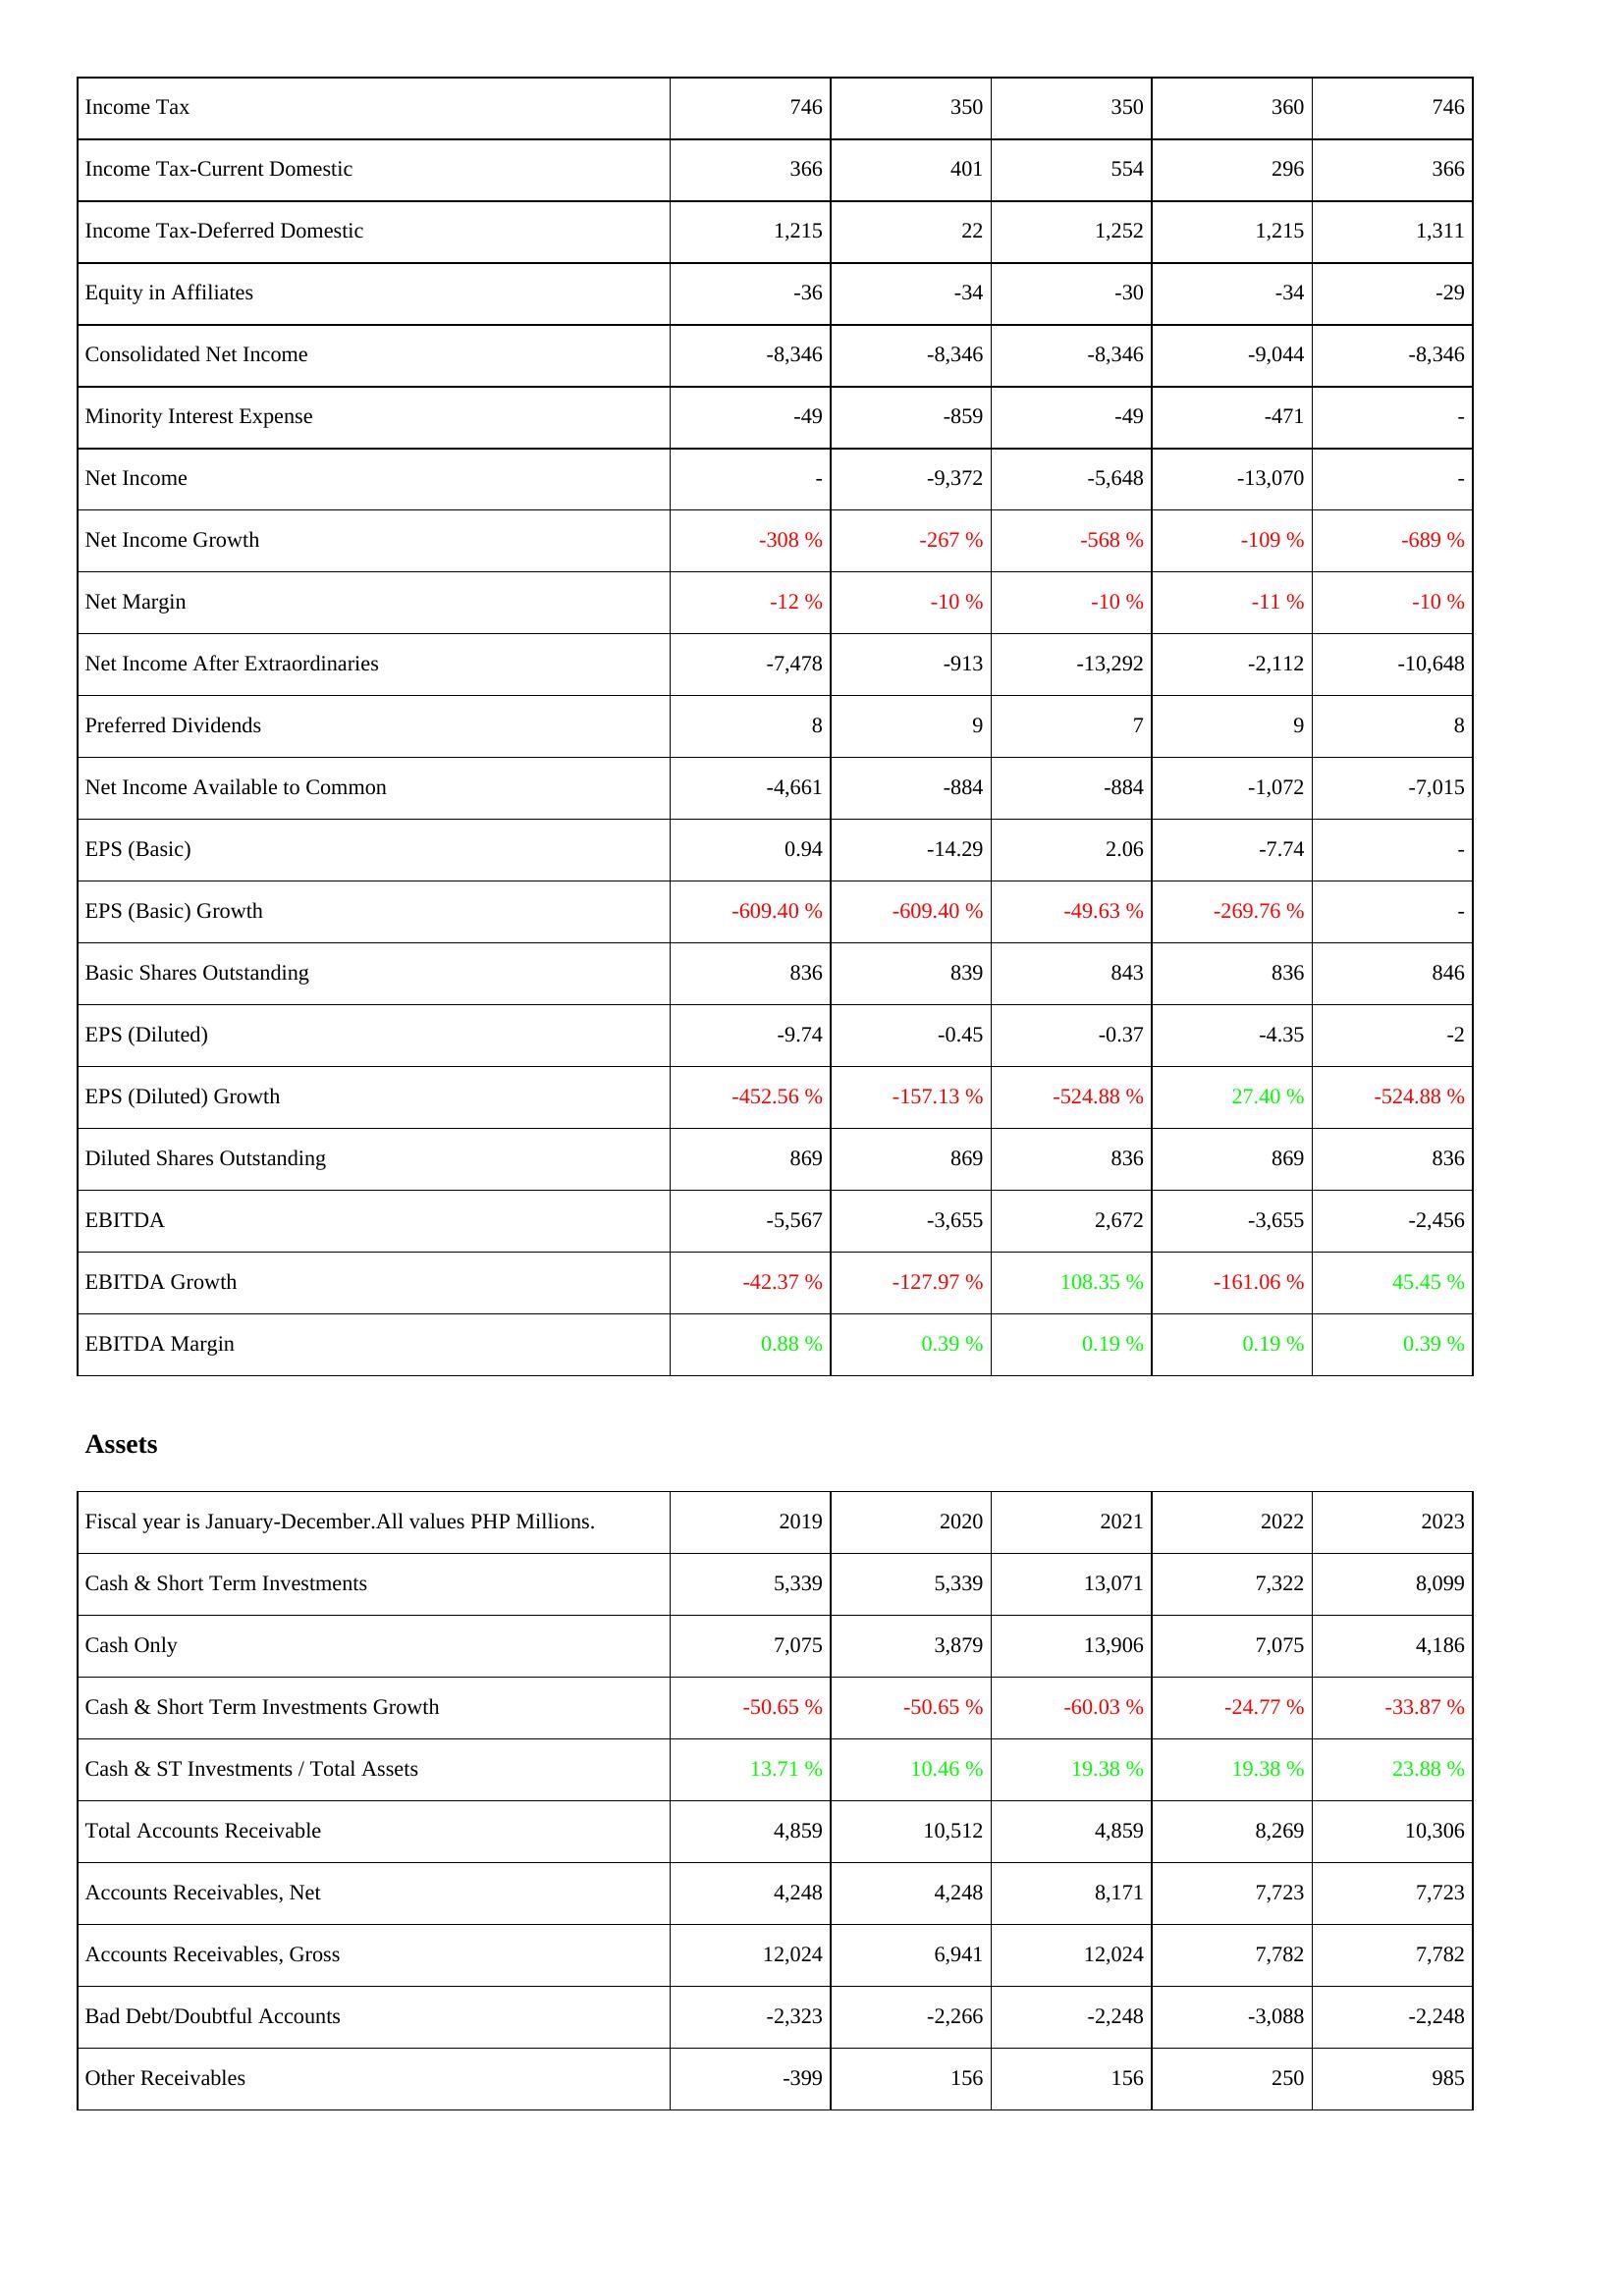
2019: Income Statement: Income Tax: 746
Income Tax-Current Domestic: 366
Income Tax-Deferred Domestic: 1,215
Equity in Affiliates: -36
Consolidated Net Income: -8,346
Minority Interest Expense: -49
Net Income: -
Net Income Growth: -308 %
Net Margin: -12 %
Net Income After Extraordinaries: -7,478
Preferred Dividends: 8
Net Income Available to Common: -4,661
EPS (Basic): 0.94
EPS (Basic) Growth: -609.40 %
Basic Shares Outstanding: 836
EPS (Diluted): -9.74
EPS (Diluted) Growth: -452.56 %
Diluted Shares Outstanding: 869
EBITDA: -5,567
EBITDA Growth: -42.37 %
EBITDA Margin: 0.88 %
Assets: Cash & Short Term Investments: 5,339
Cash Only: 7,075
Cash & Short Term Investments Growth: -50.65 %
Cash & ST Investments / Total Assets: 13.71 %
Total Accounts Receivable: 4,859
Accounts Receivables, Net: 4,248
Accounts Receivables, Gross: 12,024
Bad Debt/Doubtful Accounts: -2,323
Other Receivables: -399
2020: Income Statement: Income Tax: 350
Income Tax-Current Domestic: 401
Income Tax-Deferred Domestic: 22
Equity in Affiliates: -34
Consolidated Net Income: -8,346
Minority Interest Expense: -859
Net Income: -9,372
Net Income Growth: -267 %
Net Margin: -10 %
Net Income After Extraordinaries: -913
Preferred Dividends: 9
Net Income Available to Common: -884
EPS (Basic): -14.29
EPS (Basic) Growth: -609.40 %
Basic Shares Outstanding: 839
EPS (Diluted): -0.45
EPS (Diluted) Growth: -157.13 %
Diluted Shares Outstanding: 869
EBITDA: -3,655
EBITDA Growth: -127.97 %
EBITDA Margin: 0.39 %
Assets: Cash & Short Term Investments: 5,339
Cash Only: 3,879
Cash & Short Term Investments Growth: -50.65 %
Cash & ST Investments / Total Assets: 10.46 %
Total Accounts Receivable: 10,512
Accounts Receivables, Net: 4,248
Accounts Receivables, Gross: 6,941
Bad Debt/Doubtful Accounts: -2,266
Other Receivables: 156
2021: Income Statement: Income Tax: 350
Income Tax-Current Domestic: 554
Income Tax-Deferred Domestic: 1,252
Equity in Affiliates: -30
Consolidated Net Income: -8,346
Minority Interest Expense: -49
Net Income: -5,648
Net Income Growth: -568 %
Net Margin: -10 %
Net Income After Extraordinaries: -13,292
Preferred Dividends: 7
Net Income Available to Common: -884
EPS (Basic): 2.06
EPS (Basic) Growth: -49.63 %
Basic Shares Outstanding: 843
EPS (Diluted): -0.37
EPS (Diluted) Growth: -524.88 %
Diluted Shares Outstanding: 836
EBITDA: 2,672
EBITDA Growth: 108.35 %
EBITDA Margin: 0.19 %
Assets: Cash & Short Term Investments: 13,071
Cash Only: 13,906
Cash & Short Term Investments Growth: -60.03 %
Cash & ST Investments / Total Assets: 19.38 %
Total Accounts Receivable: 4,859
Accounts Receivables, Net: 8,171
Accounts Receivables, Gross: 12,024
Bad Debt/Doubtful Accounts: -2,248
Other Receivables: 156
2022: Income Statement: Income Tax: 360
Income Tax-Current Domestic: 296
Income Tax-Deferred Domestic: 1,215
Equity in Affiliates: -34
Consolidated Net Income: -9,044
Minority Interest Expense: -471
Net Income: -13,070
Net Income Growth: -109 %
Net Margin: -11 %
Net Income After Extraordinaries: -2,112
Preferred Dividends: 9
Net Income Available to Common: -1,072
EPS (Basic): -7.74
EPS (Basic) Growth: -269.76 %
Basic Shares Outstanding: 836
EPS (Diluted): -4.35
EPS (Diluted) Growth: 27.40 %
Diluted Shares Outstanding: 869
EBITDA: -3,655
EBITDA Growth: -161.06 %
EBITDA Margin: 0.19 %
Assets: Cash & Short Term Investments: 7,322
Cash Only: 7,075
Cash & Short Term Investments Growth: -24.77 %
Cash & ST Investments / Total Assets: 19.38 %
Total Accounts Receivable: 8,269
Accounts Receivables, Net: 7,723
Accounts Receivables, Gross: 7,782
Bad Debt/Doubtful Accounts: -3,088
Other Receivables: 250
2023: Income Statement: Income Tax: 746
Income Tax-Current Domestic: 366
Income Tax-Deferred Domestic: 1,311
Equity in Affiliates: -29
Consolidated Net Income: -8,346
Minority Interest Expense: -
Net Income: -
Net Income Growth: -689 %
Net Margin: -10 %
Net Income After Extraordinaries: -10,648
Preferred Dividends: 8
Net Income Available to Common: -7,015
EPS (Basic): -
EPS (Basic) Growth: -
Basic Shares Outstanding: 846
EPS (Diluted): -2
EPS (Diluted) Growth: -524.88 %
Diluted Shares Outstanding: 836
EBITDA: -2,456
EBITDA Growth: 45.45 %
EBITDA Margin: 0.39 %
Assets: Cash & Short Term Investments: 8,099
Cash Only: 4,186
Cash & Short Term Investments Growth: -33.87 %
Cash & ST Investments / Total Assets: 23.88 %
Total Accounts Receivable: 10,306
Accounts Receivables, Net: 7,723
Accounts Receivables, Gross: 7,782
Bad Debt/Doubtful Accounts: -2,248
Other Receivables: 985